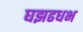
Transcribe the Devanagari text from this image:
घझढधभ